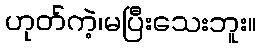
ဟုတ်ကဲ့၊မပြီးသေးဘူး။